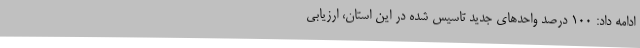
ادامه داد: 100 درصد واحدهای جدید تاسیس شده در این استان، ارزیابی